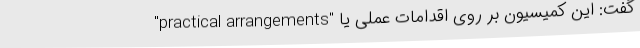
گفت: این کمیسیون بر روی اقدامات عملی یا "practical arrangements"